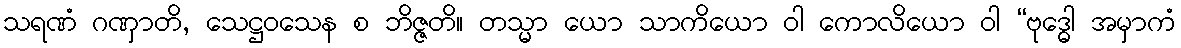
သရဏံ ဂဏှာတိ, သေဋ္ဌဝသေန စ ဘိဇ္ဇတိ။ တသ္မာ ယော သာကိယော ဝါ ကောလိယော ဝါ “ဗုဒ္ဓေါ အမှာကံ